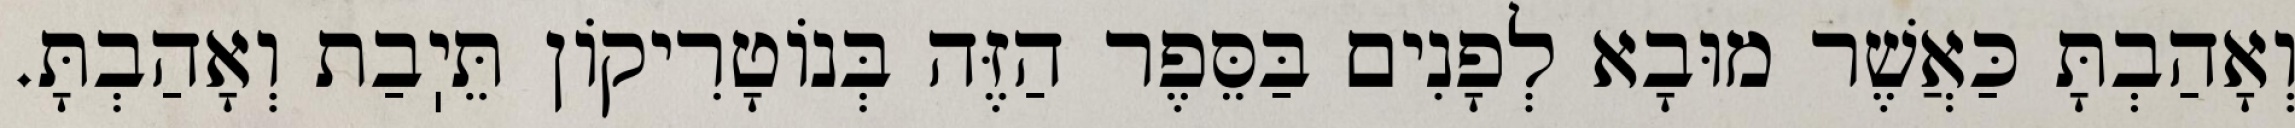
וְאָהַבְתָּ כַּאֲשֶׁר מוּבָא לְפָנִים בַּסֵּפֶר הַזֶּה בְּנוֹטָרִיקוֹן תֵּיֽבַת וְאָהַבְתָּ.